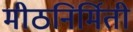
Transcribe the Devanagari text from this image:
मीठनिर्मिती